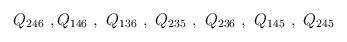
LaTeX: \begin{align*}Q_{246}~, Q_{146}~,~ Q_{136}~,~Q_{235}~,~Q_{236}~,~Q_{145}~,~Q_{245}\end{align*}